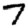
Digit: 7